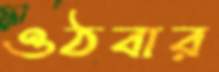
ওঠবার